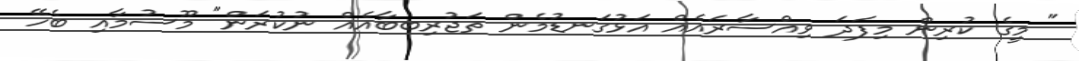
" މީގެ ކުރިން މިފަދަ ވިއްސާރައެއް އަޅުގަނޑުމެން ތަޖުރިބބާއެއް ނުކުރަން" މޫސުމާއި ބެހޭ